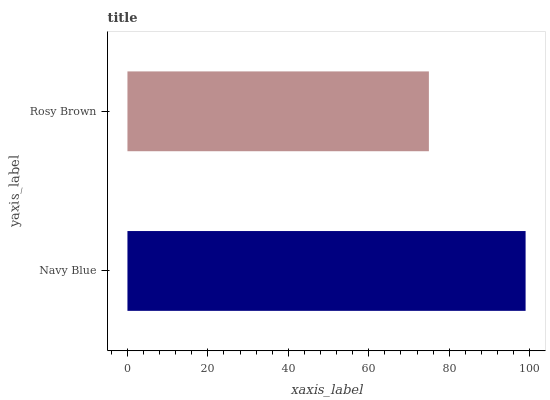
| yaxis_label | bars |
 | --- | --- |
 | Navy Blue | 99 |
 | Rosy Brown | 75 |